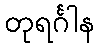
တုရင်္ဂါန